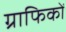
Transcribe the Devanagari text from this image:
ग्राफिकों